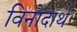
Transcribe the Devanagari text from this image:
विनोदार्थ